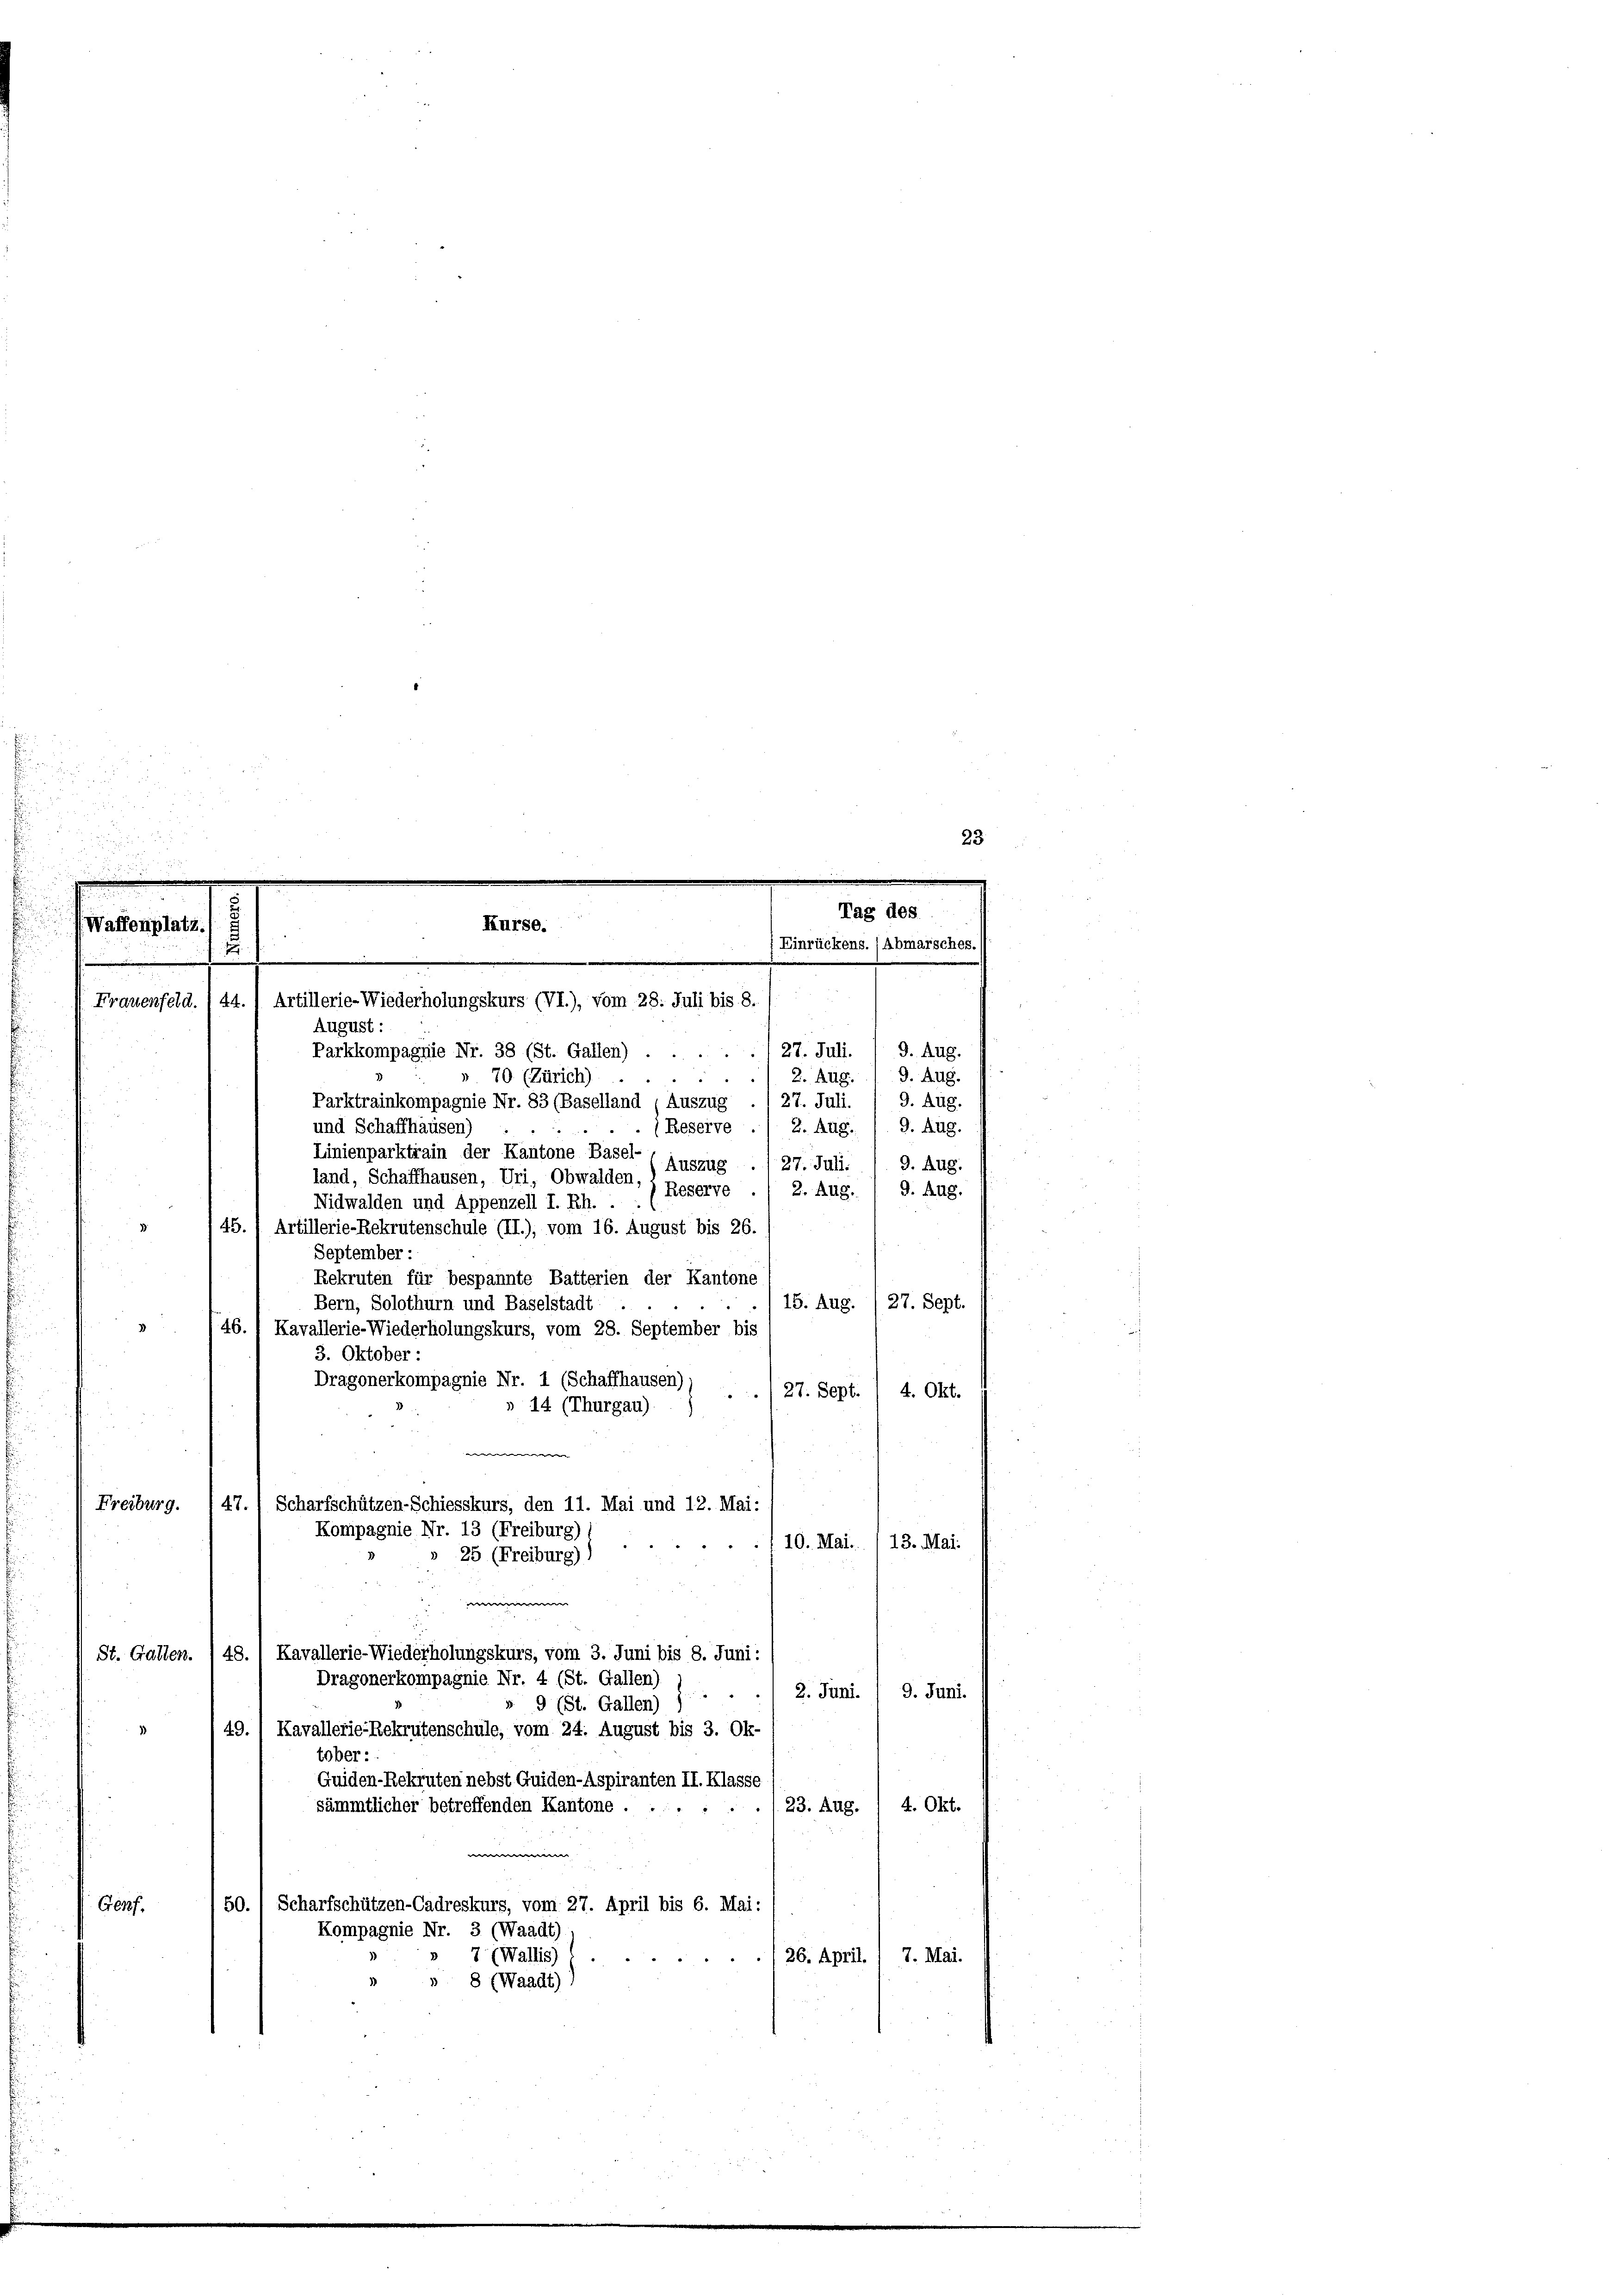
e

Waffenplatz.

Kurse.
¬
u
:
.
Frauenfeld. 144. 1 Artillerie-Wiederholungskurs (VI.), vom 28. Juli bis 8.

August :
Parkkompagnie Nr. 38 (St. Gallen) ...... 27. Juli. 1 9. Aug.
 70 (Zürich)
Parktrainkompagnie Nr. 83 (Baselland (Auszug
und Schaffhausen)
Linienparktrain der Kantone Basel-
Auszug
land, Schaffhausen, Uri, Obwalden.
Reserve
Nidwalden und Appenzell I. Rh. .

145. 1 Artillerie-Rekrutenschule (II.), vom 16. August bis 26.
September :
Rekruten für bespannte Batterien der Kantone
15. Aug. /27. Sept.
Bern, Solothurn und Baselstadt:
2
 46. 1 Kavallerie-Wiederholungskurs, vom 28. September bis
3. Oktober:
Dragonerkompagnie Nr. 1 (Schaffhausen)
4. Okt.
 27. Sept.
14 (Thurgau)
e
10. Mai. 113. Mai.
e
St. Gallen. / 48. 1 Kavallerie-Wiederholungskurs, vom 3. Juni bis 8. Juni:
Dragonerkompagnie Nr. 4 (St. Gallen)
 9 (St. Gallen) . . . 2. Juni. / 9. Juni.
49., Kavallerie-Rekrutenschule, vom 24. August bis 3. Ok-
tober:
Guiden-Rekruten nebst Guiden-Aspiranten II. Klasse
4. Okt.
sämmtlicher betreffenden Kantone .
/. 23. Aug.
50.) Scharfschützen-Cadreskurs, vom 27. April bis 6. Mai:
Genf.
Kompagnie Nr. 3 (Waadt)
7 (Wallis)
26. April. / 7. Mai.
» 8 (Waadt) )

Freiburg. 147. Scharfschützen-Schiesskurs, den 11. Mai und 12. Mai:
Kompagnie Nr. 13 (Freiburg)
25 (Freiburg))

Eins

2. Aug. 19. Aug.
9. Aug.
27. Juli
(Reserve ./ 2. Aug. 1. 9. Aug.
9. Aug.
27. Juli.
9. Aug.
2. Aug.